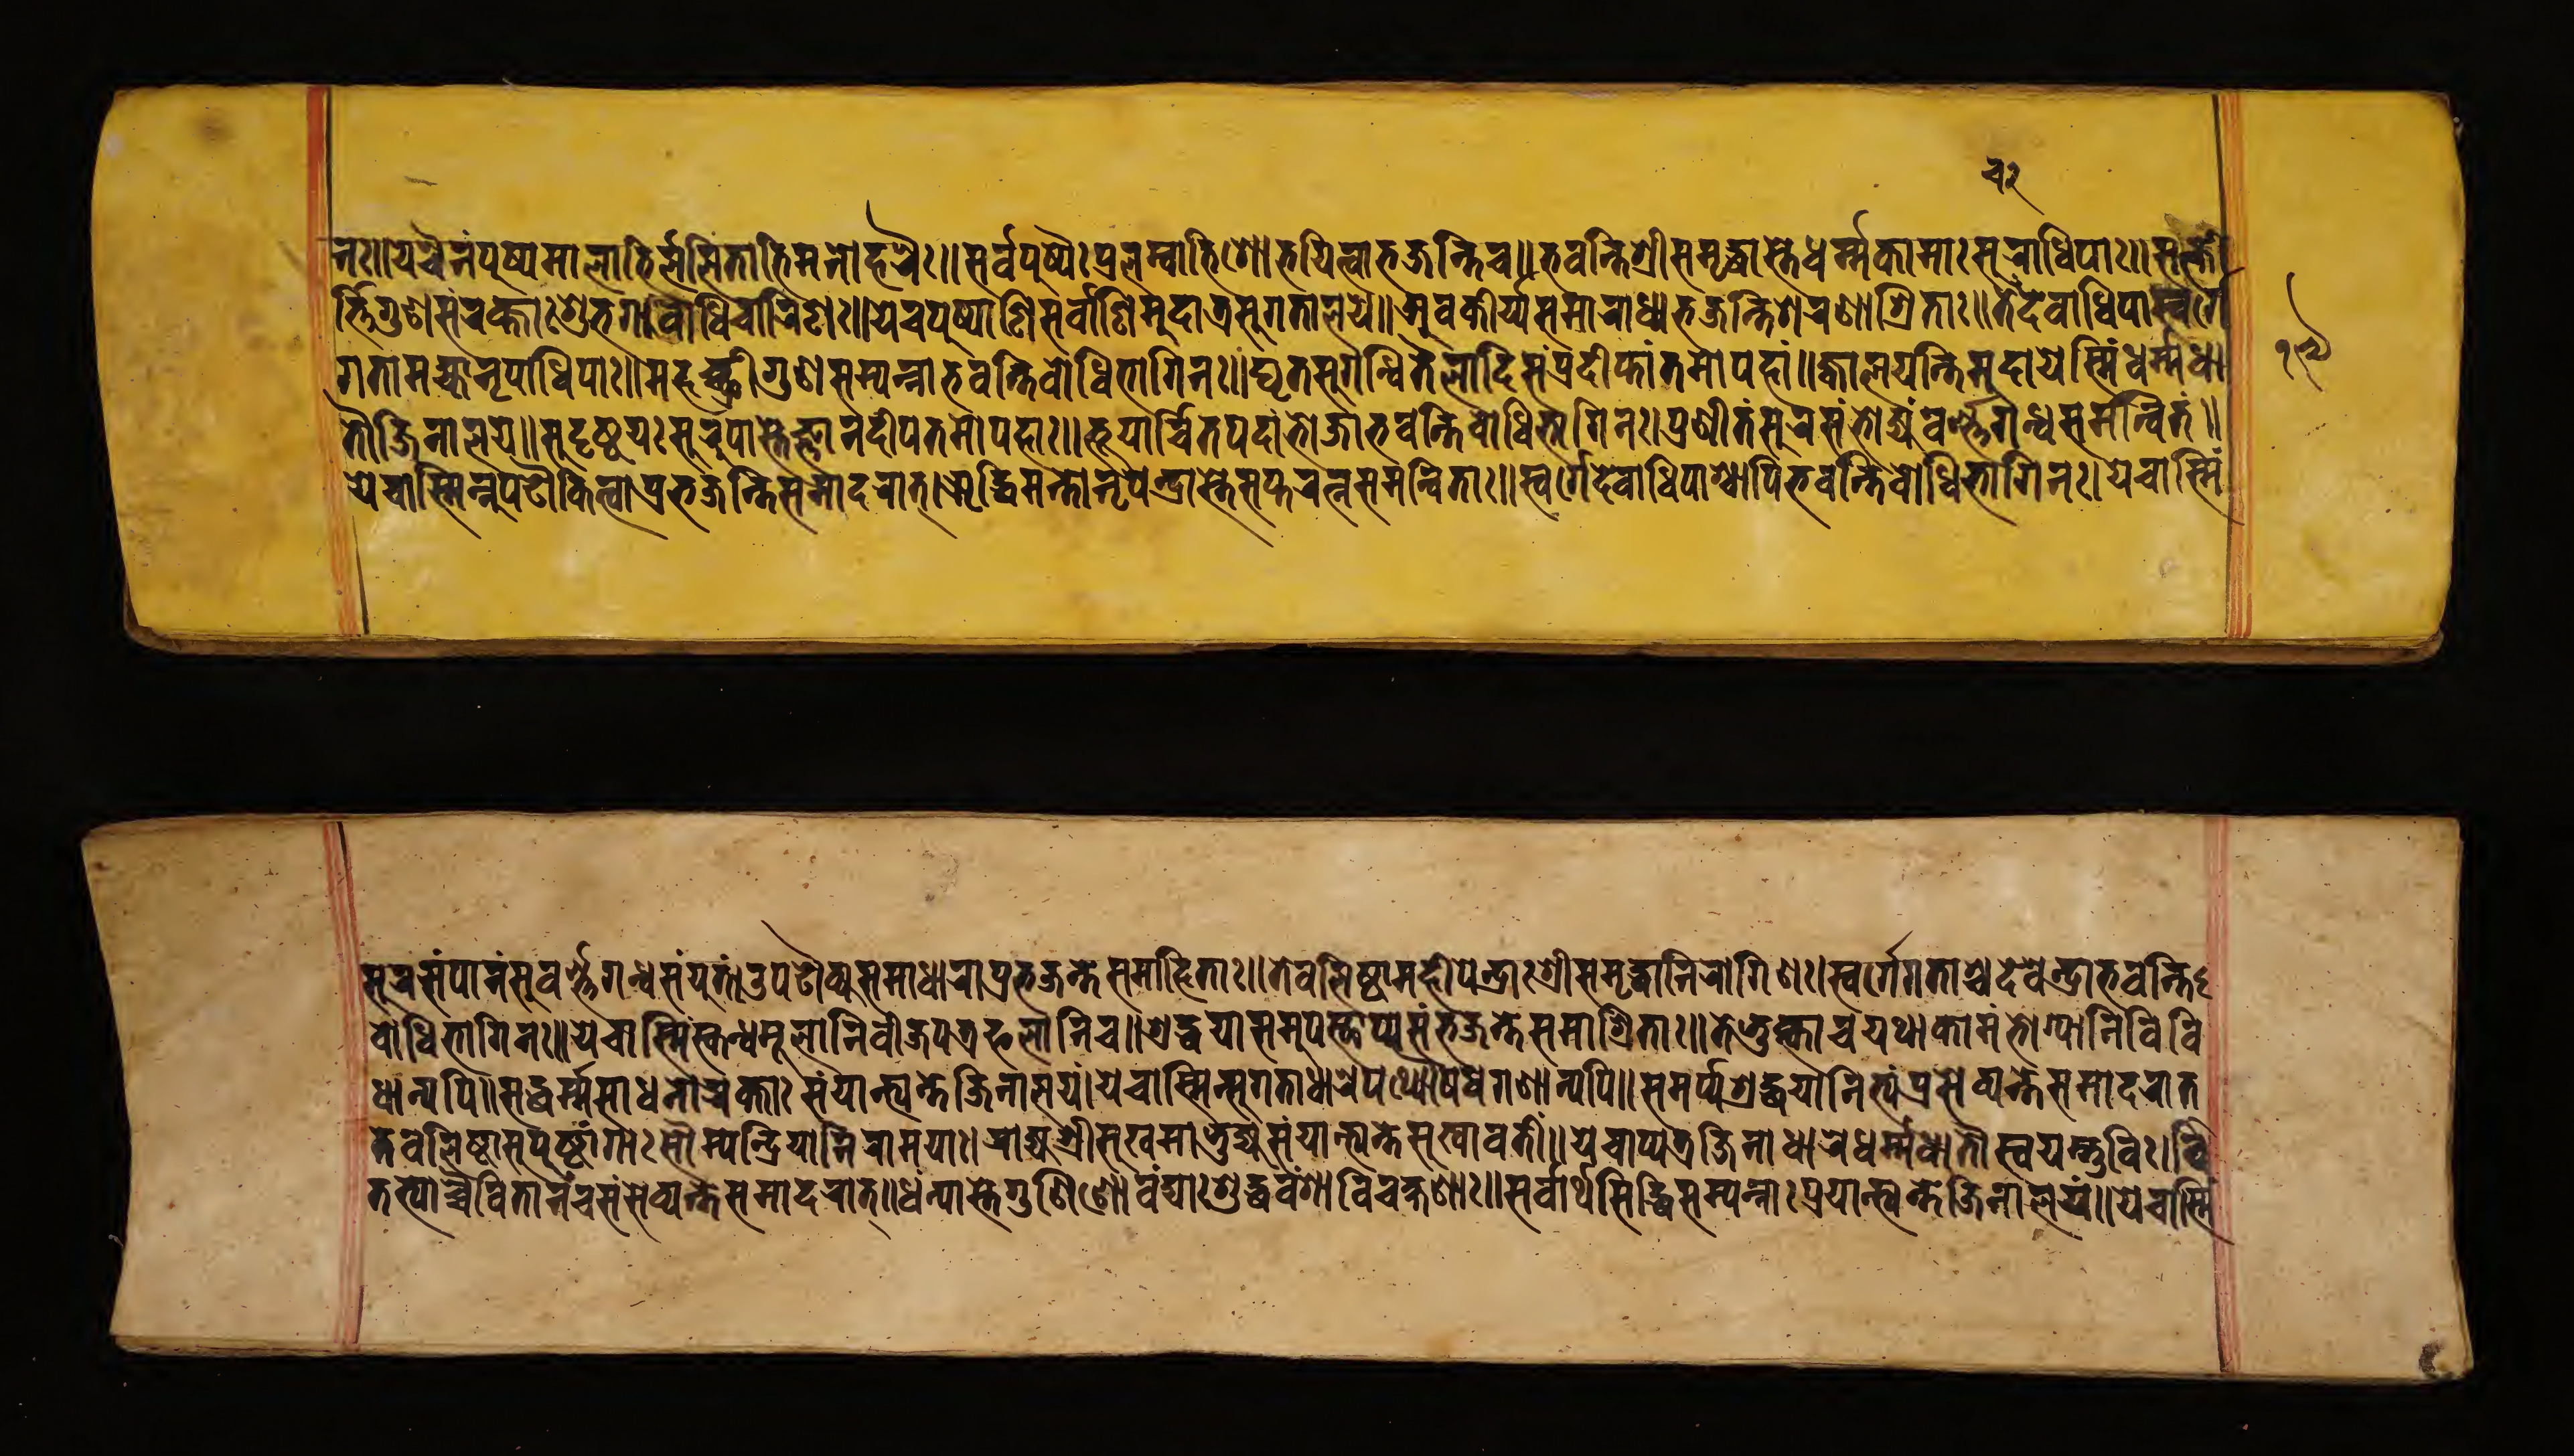
𑐔𑑒 𑐣𑑅॥𑐫𑐔𑐿𑐣𑑄𑐥𑐸𑐲𑑂𑐥𑐩𑐵𑐮𑐵𑐨𑐶𑐬𑐔𑐶𑐟𑐵𑐨𑐶𑐬𑑂𑐩𑐣𑑀𑐴𑐬𑐿𑑅॥𑐳𑐬𑑂𑐰𑑂𑐰𑐥𑐸𑐲𑑂𑐥𑐿𑑅𑐥𑑂𑐬𑐮𑐩𑑂𑐧𑐵𑐨𑐶𑑅𑐱𑑀𑐨𑐫𑐶𑐟𑑂𑐰𑐵𑐨𑐖𑐣𑑂𑐟𑐶𑐔॥𑐨𑐰𑐣𑑂𑐟𑐶𑐱𑑂𑐬𑐷𑐳𑐩𑐺𑐡𑑂𑐢𑐵𑐳𑑂𑐟𑐾𑐢𑐬𑑂𑐩𑑂𑐩𑐎𑐵𑐩𑐵𑑅𑐳𑐸𑐬𑐢𑐶𑐥𑐵𑑅॥𑐳𑐟𑑂𑐎𑐷 𑐬𑑂𑐟𑑂𑐟𑐶𑐬𑑂𑐐𑐸𑐞𑐳𑑄𑐬𑐎𑑂𑐟𑐵𑑅𑐱𑐸𑐨𑐐𑐵𑐧𑑀𑐢𑐶𑐔𑐵𑐬𑐶𑐞𑑅॥𑐫𑐾𑐔𑐥𑐸𑐲𑑂𑐥𑐵𑐞𑐶𑐳𑐬𑑂𑐰𑐵𑐞𑐶𑐩𑐸𑐡𑐵𑐟𑑂𑐬𑐳𑐸𑐐𑐟𑐵𑐮𑐫𑐾॥𑐀𑐰𑐎𑐷𑐬𑑂𑐫𑐳𑐩𑐵𑐬𑐵𑐢𑑂𑐫𑐨𑐖𑐣𑑂𑐟𑐶𑐱𑐬𑐞𑐵𑐱𑑂𑐬𑐶𑐟𑐵𑑅॥𑐟𑐾𑐡𑐾𑐰𑐵𑐢𑐶𑐥𑐵𑐳𑑂𑐰𑐬𑑂𑐐𑐾 𑐐𑐟𑐵𑐩𑐴𑑂𑐫𑐵𑑄𑐣𑐺𑐥𑐵𑐢𑐶𑐥𑐵𑑅॥𑐩𑐴𑐔𑑂𑐕𑑂𑐬𑐷𑐐𑐸𑐞𑐳𑐩𑑂𑐥𑐣𑑂𑐣𑐵𑐨𑐰𑐣𑑂𑐟𑐶𑐧𑑀𑐢𑐶𑐨𑐵𑐐𑐶𑐣𑑅॥𑐢𑐺𑐟𑐳𑐸𑐐𑐣𑑂𑐢𑐶𑐟𑐿𑐮𑐵𑐡𑐶𑐳𑑄𑐥𑑂𑐬𑐡𑐷𑐥𑑂𑐟𑐵𑑄𑐟𑐩𑑀𑐥𑐴𑐵𑑄॥𑐖𑑂𑐰𑐵𑐮𑐫𑐣𑑂𑐟𑐶𑐩𑐸𑐡𑐵𑐫𑐾𑐳𑑂𑐩𑐶𑑄𑐢𑐬𑑂𑐩𑑂𑐩𑐢𑐵 𑐟𑑁𑐖𑐶𑐣𑐵𑐮𑐫𑐾॥𑐳𑐸𑐡𑐸𑐲𑑂𑐚𑐫𑑅𑐳𑐸𑐬𑐸𑐥𑐵𑐳𑑂𑐟𑐾𑐖𑑂𑐘𑐵𑐣𑐡𑐷𑐥𑐟𑐩𑑀𑐥𑐴𑐵𑑅॥𑐨𑐹𑐥𑐵𑐬𑑂𑐔𑐶𑐟𑐥𑐡𑐵𑐩𑑂𑐨𑑀𑐖𑐵𑐨𑐰𑐣𑑂𑐟𑐶𑐧𑑀𑐢𑐶𑐨𑐵𑐐𑐶𑐣𑑅।𑐥𑑂𑐬𑐞𑐷𑐟𑑄𑐳𑐸𑐬𑐳𑑄𑐨𑑀𑐖𑑂𑐫𑑄𑐰𑐮𑑂𑐨𑐐𑐣𑑂𑐢𑐳𑐩𑐣𑑂𑐰𑐶𑐟𑑄॥ 𑐫𑐾𑐔𑐵𑐳𑑂𑐩𑐶𑐣𑑂𑐣𑐸𑐥𑐝𑑁𑐎𑐶𑐟𑑂𑐰𑐵𑐥𑑂𑐬𑐨𑐖𑐣𑑂𑐟𑐶𑐳𑐩𑐵𑐡𑐬𑐵𑐟𑑂।𑐆𑐡𑑂𑐢𑐶𑐩𑐣𑑂𑐟𑑀𑐣𑐺𑐥𑐾𑑄𑐡𑑂𑐬𑐵𑐳𑑂𑐟𑐾𑐳𑐥𑑂𑐟𑐬𑐟𑑂𑐣𑐳𑐩𑐣𑑂𑐰𑐶𑐟𑐵𑑅॥𑐳𑑂𑐰𑐬𑑂𑐐𑑂𑐐𑐾𑐡𑐾𑐰𑐵𑐢𑐶𑐥𑐵𑐱𑑂𑐔𑐵𑐥𑐶𑐨𑐰𑐣𑑂𑐟𑐶𑐧𑑀𑐢𑐶𑐨𑐵𑐐𑐶𑐣𑑅।𑐫𑐾𑐔𑐵𑐳𑑂𑐩𑐶𑑄 𑐳𑐸𑐬𑐳𑑄𑐥𑐵𑐣𑑄𑐳𑐸𑐰𑐬𑑂𑐞𑑂𑐞𑐐𑐣𑑂𑐢𑐳𑑄𑐫𑐸𑐟𑑄॥𑐄𑐥𑐝𑑁𑐎𑑂𑐫𑐳𑐩𑐵𑐬𑐵𑐢𑑂𑐫𑐥𑑂𑐬𑐨𑐖𑐣𑑂𑐟𑐾𑐳𑐩𑐵𑐴𑐶𑐟𑐵𑑅॥𑐟𑐾𑐰𑐮𑐶𑐲𑑂𑐛𑐵𑐩𑐴𑐷𑐥𑐾𑐣𑑂𑐡𑑂𑐬𑐵𑑅𑐱𑑂𑐬𑐷𑐳𑐩𑐺𑐡𑑂𑐢𑐵𑐣𑐶𑐬𑑀𑐐𑐶𑐞𑑅।𑐳𑑂𑐰𑐬𑑂𑐐𑐾𑐐𑐟𑐵𑐱𑑂𑐔𑐡𑐾𑐰𑐾𑐣𑑂𑐡𑑂𑐬𑐵𑐨𑐰𑐣𑑂𑐟𑐶 𑐧𑑀𑐢𑐶𑐨𑐵𑐐𑐶𑐣𑑅॥𑐫𑐾𑐔𑐵𑐳𑑂𑐩𑐶𑑄𑐳𑑂𑐎𑐣𑑂𑐡𑐩𑐹𑐮𑐵𑐣𑐶𑐧𑐷𑐖𑐥𑐟𑑂𑐬𑐦𑐮𑐵𑐣𑐶𑐔॥𑐱𑑂𑐬𑐡𑑂𑐢𑐫𑐵𑐳𑐩𑐸𑐥𑐳𑑂𑐠𑐵𑐥𑑂𑐫𑐳𑑄𑐨𑐖𑐣𑑂𑐟𑐾𑐳𑐩𑐵𑐱𑑂𑐬𑐶𑐟𑐵𑑅॥𑐟𑐾𑐥𑑂𑐬𑐨𑐸𑐎𑑂𑐟𑑂𑐰𑐵𑐫𑐠𑐵𑐎𑐵𑐩𑑄𑐨𑑀𑐐𑑂𑐫𑐵𑐣𑐶𑐰𑐶𑐰𑐶 𑐢𑐵𑐣𑑂𑐫𑐥𑐶॥𑐳𑐡𑑂𑐢𑐬𑑂𑐩𑑂𑐩𑐳𑐵𑐢𑐣𑐵𑐬𑐎𑑂𑐟𑐵𑑅𑐳𑑄𑐫𑐵𑐣𑑂𑐟𑑂𑐫𑐣𑑂𑐟𑐾𑐖𑐶𑐣𑐵𑐮𑐫𑑄।𑐫𑐾𑐔𑐵𑐳𑑂𑐩𑐶𑑄𑐳𑐸𑐐𑐟𑐵𑐢𑐵𑐬𑐾𑐥𑐠𑑂𑐫𑑁𑐲𑐢𑐐𑐞𑐵𑐣𑑂𑐫𑐥𑐶॥𑐳𑐩𑐬𑑂𑐥𑑂𑐫𑐱𑑂𑐬𑐡𑑂𑐢𑐫𑐵𑐣𑐶𑐟𑑂𑐫𑑄𑐥𑑂𑐬𑐳𑐾𑐰𑑂𑐫𑐣𑑂𑐟𑐾𑐳𑐩𑐵𑐡𑐬𑐵𑐟𑑂 𑐟𑐾𑐰𑐮𑐶𑐲𑑂𑐛𑐵𑐳𑐸𑐥𑐸𑐲𑑂𑐚𑐵𑐒𑑂𑐐𑐵𑑅𑐳𑑁𑐩𑑂𑐫𑐾𑐣𑑂𑐡𑑂𑐬𑐶𑐫𑐵𑐣𑐶𑐬𑐵𑐩𑐫𑐵𑑅।𑐬𑐵𑐖𑑂𑐫𑐱𑑂𑐬𑐷𑐳𑐸𑐏𑐩𑐵𑐨𑐸𑐖𑑂𑐫𑐳𑑄𑐫𑐵𑐟𑑂𑐫𑐣𑑂𑐟𑐾𑐳𑐸𑐏𑐵𑐰𑐟𑐷॥𑐫𑐾𑐔𑐵𑐥𑑂𑐫𑐟𑑂𑐬𑐖𑐶𑐣𑐵𑐢𑐵𑐬𑐾𑐢𑐬𑑂𑐩𑑂𑐩𑐢𑐵𑐟𑑁𑐳𑑂𑐰𑐫𑐩𑑂𑐨𑐸𑐰𑐶॥𑐰𑐶 𑐟𑐟𑑂𑐫𑑀𑐔𑑂𑐔𑐿𑐰𑐶𑐟𑐵𑐣𑑄𑐔𑐳𑐳𑐾𑐰𑑂𑐫𑐣𑑂𑐟𑐾𑐳𑐩𑐵𑐡𑐬𑐵𑐟𑑂॥𑐢𑐣𑑂𑐫𑐵𑐳𑑂𑐟𑐾𑐐𑐸𑐞𑐶𑐣𑑀𑐰𑑄𑐡𑑂𑐫𑐵𑑅𑐱𑐸𑐡𑑂𑐢𑐰𑑄𑐱𑐵𑐰𑐶𑐔𑐎𑑂𑐲𑐞𑐵𑑅॥𑐳𑐬𑑂𑐰𑐵𑐬𑑂𑐠𑐳𑐶𑐡𑑂𑐢𑐶𑐳𑐩𑑂𑐥𑐣𑑂𑐣𑐵𑑅𑐥𑑂𑐬𑐫𑐵𑐣𑑂𑐟𑑂𑐫𑐣𑑂𑐟𑐾𑐖𑐶𑐣𑐵𑐮𑐫𑑄॥𑐫𑐾𑐔𑐵𑐳𑑂𑐩𑐶 𑑑𑑙